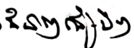
ជំនាញផ្សេងៗ